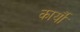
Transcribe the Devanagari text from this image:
कार्यौं